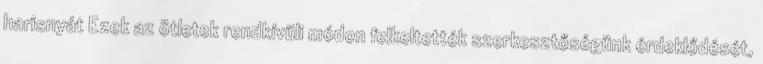
harisnyát Ezek az ötletek rendkívüli módon felkeltették szerkesztőségünk érdeklődését,